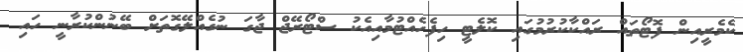
ކެމެރީއިން ފޮޓޯތައް ރައްކާކުރުމުގައި ކޮލެޓީ ހިފެހެއްޓުމާއިއެކު ސްޓޯރޭޖް ޖާގަ ނުގެއްލޭގޮތަށް ބޭނުންކުރާނީ ހައި